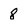
Character: 8